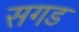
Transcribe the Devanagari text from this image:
सगड